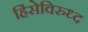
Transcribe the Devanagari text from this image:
हिंसेविरुध्द